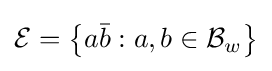
{\mathcal {E}}=\left\{a{\bar {b}}:a,b\in {\mathcal {B}}_{w}\right\}